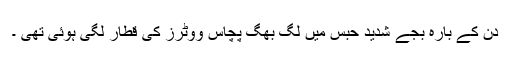
دن کے بارہ بجے شدید حبس میں لگ بھگ پچاس ووٹرز کی قطار لگی ہوئی تھی ۔